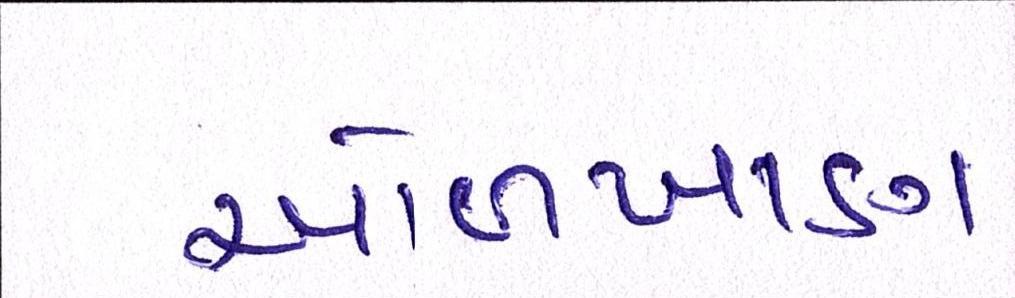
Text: ઓળખાણ